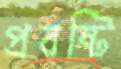
প্রবষ্টি